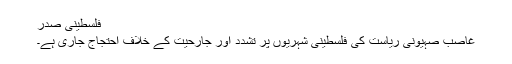
فلسطینی صدر
غاصب صہیونی ریاست کی فلسطینی شہریوں پر تشدد اور جارحیت کے خلاف احتجاج جاری ہے۔